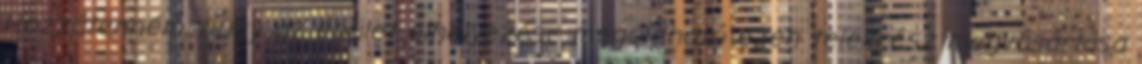
Hozzátenném, hogy az épület elhelyezése megoldható ezen telekrész megvásárlása